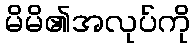
မိမိ၏အလုပ်ကို